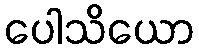
ပေါသိယော